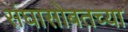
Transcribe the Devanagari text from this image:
संघासोबतच्या